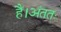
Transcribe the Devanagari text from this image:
हैं।अंततः